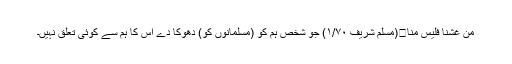
مَنْ غَشَّنَا فَلَیْسَ مِنَّا․(مسلم شریف ۱/۷۰) جو شخص ہم کو (مسلمانوں کو) دھوکا دے اس کا ہم سے کوئی تعلق نہیں۔